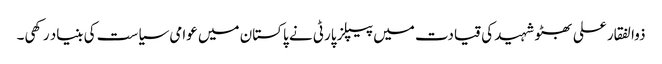
ذوالفقار علی بھٹو شہید کی قیادت میں پیپلز پارٹی نے پاکستان میں عوامی سیاست کی بنیاد رکھی۔